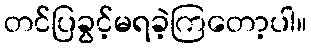
တင်ပြခွင့်မရခဲ့ကြတော့ပါ။